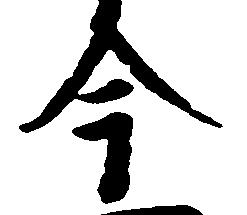
今